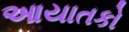
આયાતકો